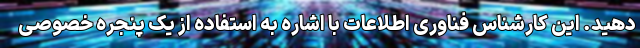
دهید. این کارشناس فناوری اطلاعات با اشاره به استفاده از یک پنجره خصوصی